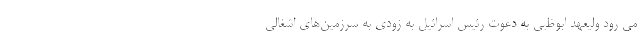
می رود ولیعهد ابوظبی به دعوت رئیس اسرائیل به زودی به سرزمین‌های اشغالی